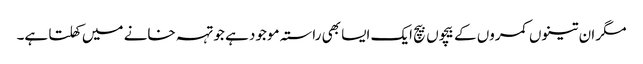
مگر ان تینوں کمروں کے بیچوں بیچ ایک ایسا بھی راستہ موجود ہے جو تہہ خانے میں کھلتا ہے۔